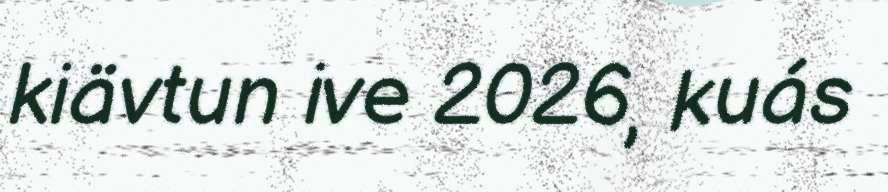
kiävtun ive 2026, kuás